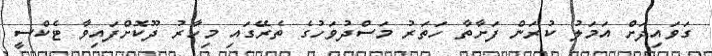
ގަވައިދަށް އަމަލު ކުރަން ފަށާތާ ހަތަރު މަސްދުވަހުގެ ތެރޭގައި މިހާރު ދޫކޮށްފައިވާ ޓެކްސީ